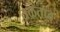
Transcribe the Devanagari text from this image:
तळतात